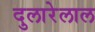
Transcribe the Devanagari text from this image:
दुलारेलाल